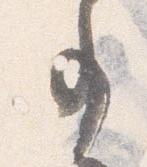
事